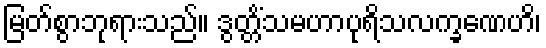
မြတ်စွာဘုရားသည်။ ဒွတ္တိံသမဟာပုရိသလက္ခဏေဟိ၊